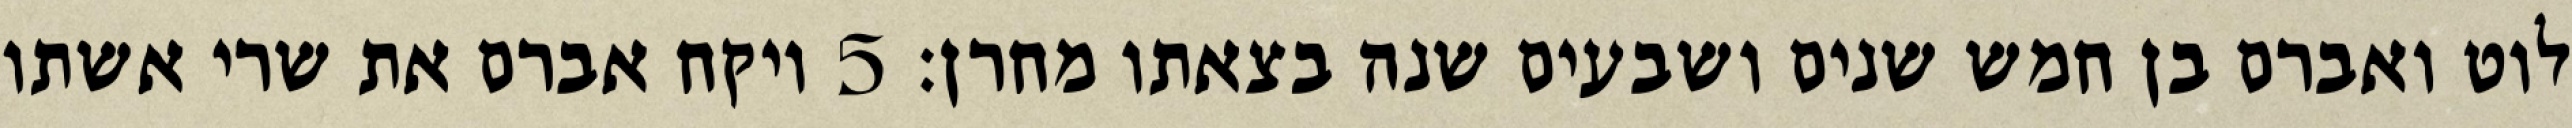
לוט ואברם בן חמש שנים ושבעים שנה בצאתו מחרן׃ ‎5‏ ויקח אברם את שרי אשתו